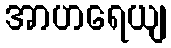
အာဟရေယျ